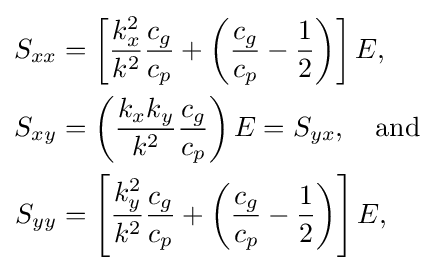
{\begin{aligned}S_{xx}&=\left[{\frac {k_{x}^{2}}{k^{2}}}{\frac {c_{g}}{c_{p}}}+\left({\frac {c_{g}}{c_{p}}}-{\frac {1}{2}}\right)\right]E,\\S_{xy}&=\left({\frac {k_{x}k_{y}}{k^{2}}}{\frac {c_{g}}{c_{p}}}\right)E=S_{yx},\quad {\text{and}}\\S_{yy}&=\left[{\frac {k_{y}^{2}}{k^{2}}}{\frac {c_{g}}{c_{p}}}+\left({\frac {c_{g}}{c_{p}}}-{\frac {1}{2}}\right)\right]E,\end{aligned}}